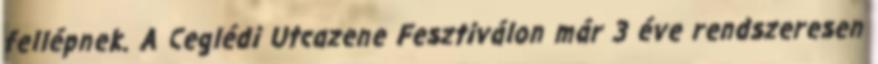
fellépnek. A Ceglédi Utcazene Fesztiválon már 3 éve rendszeresen